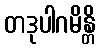
တဒုပါဂမိန္တိ